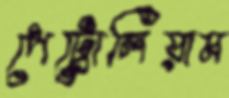
পেট্রোলিয়াম